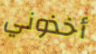
أخذوني